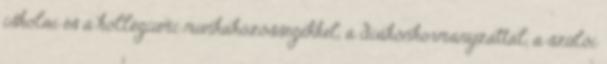
iskolai és a kollégiumi munkaközösségekkel, a diákönkormányzattal, a szülői